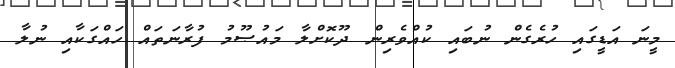
މީނަ އަޑީގައި ހުރެގެން ނުބައި ކުއްވެރިން ދޫކޮށްލާ މައުޞޫމު ފުރާނަތައް ހައްގަކާއި ނުލާ